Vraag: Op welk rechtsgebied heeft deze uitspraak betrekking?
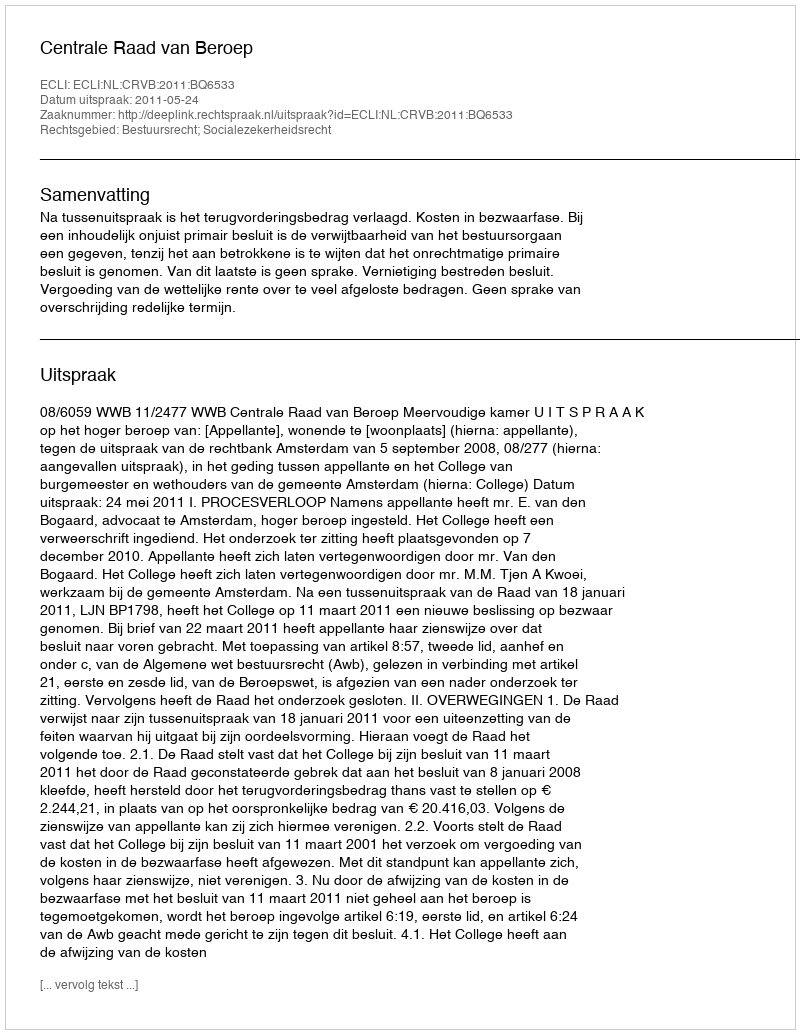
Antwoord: Bestuursrecht; Socialezekerheidsrecht